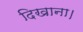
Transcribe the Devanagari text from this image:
दिखाना।